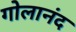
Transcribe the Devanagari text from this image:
गोलानंद